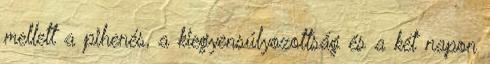
mellett a pihenés, a kiegyensúlyozottság és a két napon